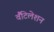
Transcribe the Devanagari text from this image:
वैंटिलेशन